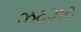
ઝટઝટ